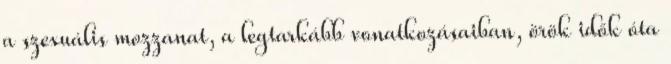
a szexuális mozzanat, a legtarkább vonatkozásaiban, örök idők óta